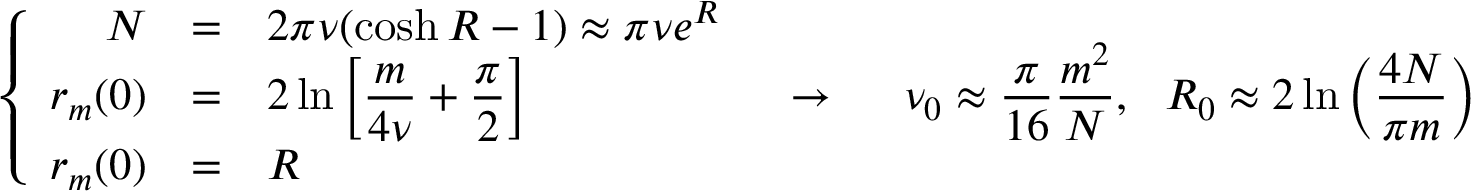
\left\{ \begin{array} { r l l } { N } & { = } & { 2 \pi \nu ( \cosh R - 1 ) \approx \pi \nu e ^ { R } \medskip } \\ { r _ { m } ( 0 ) } & { = } & { \displaystyle 2 \ln \left[ \frac { m } { 4 \nu } + \frac { \pi } { 2 } \right] \medskip } \\ { r _ { m } ( 0 ) } & { = } & { R } \end{array} \right. \ \ \rightarrow \ \ \ \ \nu _ { 0 } \approx \frac { \pi } { 1 6 } \frac { m ^ { 2 } } { N } , \ \ R _ { 0 } \approx 2 \ln \left( \frac { 4 N } { \pi m } \right)